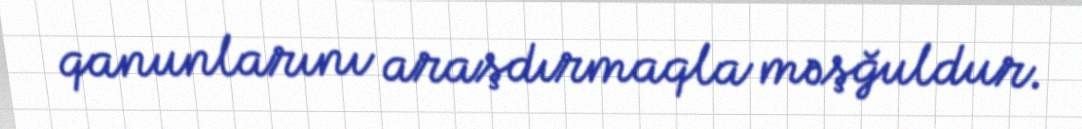
qanunlarını araşdırmaqla məşğuldur.